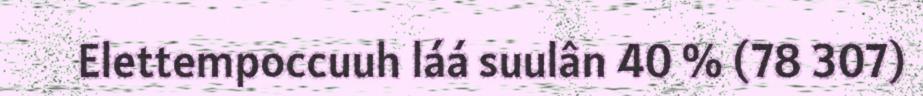
Elettempoccuuh láá suulân 40 % (78 307)